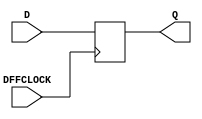
`timescale 1ns / 1ps
//////////////////////////////////////////////////////////////////////////////////
// Company: 
// Engineer: 
// 
// Design Name: 
// Module Name: DFF
// Project Name: 
// Target Devices: 
// Tool Versions: 
// Description: 
// 
// Dependencies: 
// 
// Revision:
// Revision 0.01 - File Created
// Additional Comments:
// 
//////////////////////////////////////////////////////////////////////////////////


module DFF(
    input DFFCLOCK,
    input D,
    output reg Q 
    );
    
    always @ (posedge DFFCLOCK) begin
        Q <= D;
    end
    
endmodule